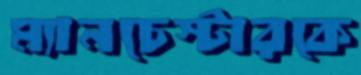
ম্যানচেস্টারকে